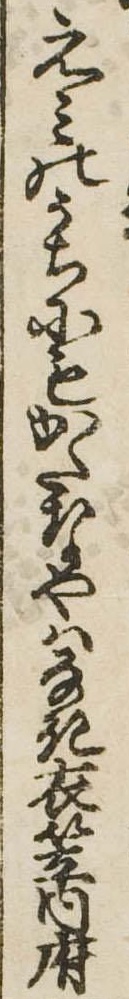
えみのうちにもかたなやはなき衣笠内府